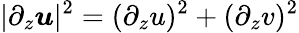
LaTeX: |\partial_{z}\boldsymbol u|^{2}=(\partial_{z}u)^{2}+(\partial_{z}v)^{2}